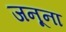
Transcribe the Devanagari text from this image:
जनूना